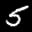
Label: 5